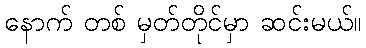
နောက် တစ် မှတ်တိုင်မှာ ဆင်းမယ်။